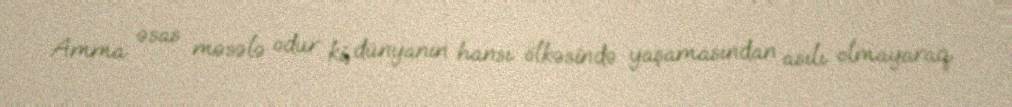
Amma əsas məsələ odur ki, dünyanın hansı ölkəsində yaşamasından asılı olmayaraq